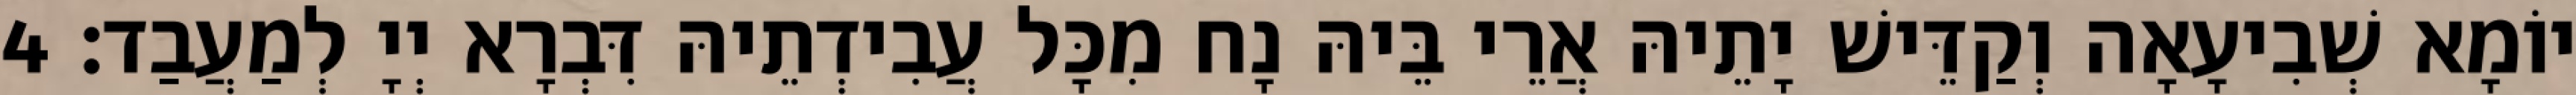
יוֹמָא שְׁבִיעָאָה וְקַדֵּישׁ יָתֵיהּ אֲרֵי בֵּיהּ נָח מִכָּל עֲבִידְתֵיהּ דִּבְרָא יְיָ לְמַעֲבַד׃ 4